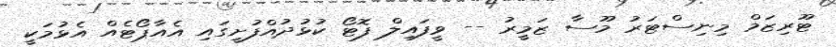
ޓޫރިޒަމް މިނިސްޓަރު މޫސާ ޒަމީރު -- ވީފައިލް ފޮޓޯ ކުޅުދުއްފުށީގައި އެއާޕޯޓެއް އެޅުމަކީ